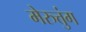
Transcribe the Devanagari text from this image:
मेरुत्तुंग